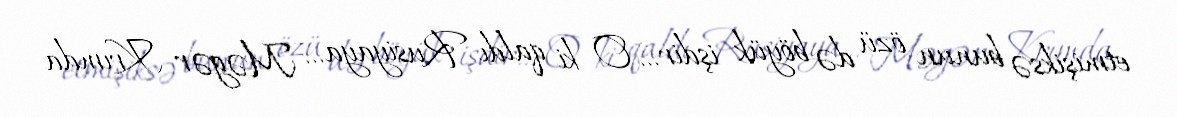
etmişiksə bunun özü də böyük işdir... O ki qaldı Rusiyaya... Məgər Krımda